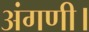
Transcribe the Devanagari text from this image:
अंगणी।